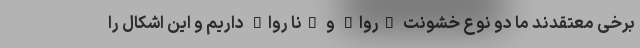
برخی معتقدند ما دو نوع خشونت "روا" و "نا روا" داریم و این اشکال را